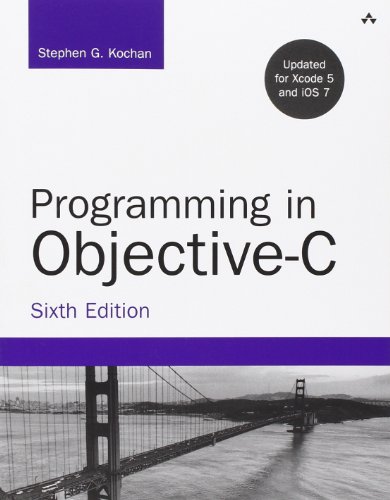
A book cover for Programming in Objective-C (6th Edition) (Developer's Library); Stephen G. Kochan; Computers & Technology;